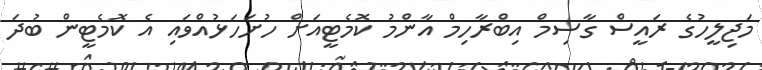
މަޖިލީހުގެ ރައީސް ގާސިމް އިބްރާހިމް އާންމު ކޮމެޓީއަށް ހުށަހަޅުއްވައި އެ ކޮމެޓީން ބުދަ